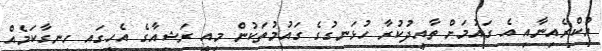
ޔުކްރެއިނާއި އެ ގައުމަށް ތާއީދުކުރާ ހުޅަނގުގެ ގައުމުތަކުން މިއީ ރަޝިއާގެ އެހީގައި ހިނގާކަމެއް